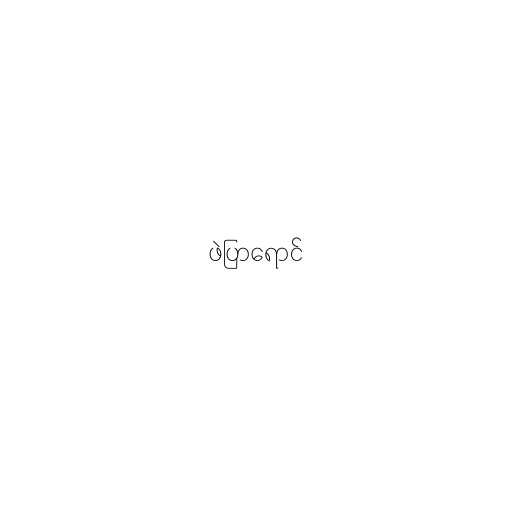
ဖဲပြာရောင်